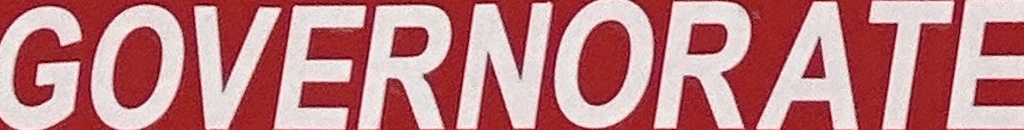
GOVERNORATE